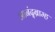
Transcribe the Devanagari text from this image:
आनंद्ब्राम्ह